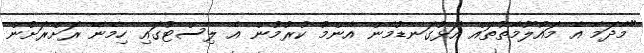
"މާދަމާ އެ މައުލޫމާތުތައް އަޅުގަނޑުމެން އާންމު ކުރުމުން އެ ލިސްޓުގައި ހިމެނޭ ރަށްރަށުން